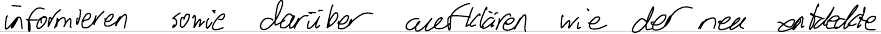
informieren sowie darüber aufklären wie der neu entdeckte